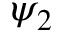
\psi _ { 2 }